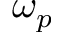
\omega _ { p }